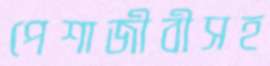
পেশাজীবীসহ